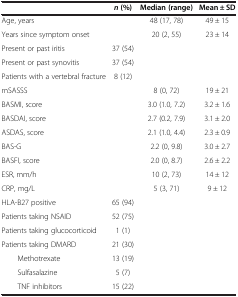
|  | n (%) | Median (range) | Mean ± SD |
 | --- | --- | --- | --- |
 | Age, years |  | 48 (17, 78) | 49 ± 15 |
 | Years since symptom onset |  | 20 (2, 55) | 23 ± 14 |
 | Present or past iritis | 37 (54) |  |  |
 | Present or past synovitis | 37 (54) |  |  |
 | Patients with a vertebral fracture | 8 (12) |  |  |
 | mSASSS |  | 8 (0, 72) | 19 ± 21 |
 | BASMI, score |  | 3.0 (1.0, 7.2) | 3.2 ± 1.6 |
 | BASDAI, score |  | 2.7 (0.2, 7.9) | 3.1 ± 2.0 |
 | ASDAS, score |  | 2.1 (1.0, 4.4) | 2.3 ± 0.9 |
 | BAS-G |  | 2.2 (0, 9.8) | 3.0 ± 2.7 |
 | BASFI, score |  | 2.0 (0, 8.7) | 2.6 ± 2.2 |
 | ESR, mm/h |  | 10 (2, 73) | 14 ± 12 |
 | CRP, mg/L |  | 5 (3, 71) | 9 ± 12 |
 | HLA-B27 positive | 65 (94) |  |  |
 | Patients taking NSAID | 52 (75) |  |  |
 | Patients taking glucocorticoid | 1 (1) |  |  |
 | Patients taking DMARD | 21 (30) |  |  |
 | Methotrexate | 13 (19) |  |  |
 | Sulfasalazine | 5 (7) |  |  |
 | TNF inhibitors | 15 (22) |  |  |